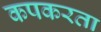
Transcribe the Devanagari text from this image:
कपकरता